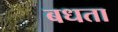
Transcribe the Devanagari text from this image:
बधता